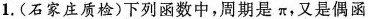
1.(石家庄质检)下列函数中，周期是π，又是偶函